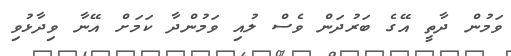
ވަމުން ދާތީ އޭގެ ބަރުދަން ވެސް ލުއި ވަމުންދާ ކަމަށް އޭނާ ވިދާޅުވި